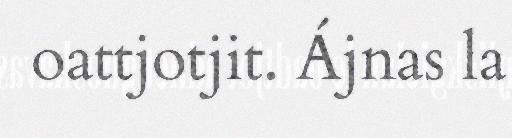
oattjotjit. Ájnas la